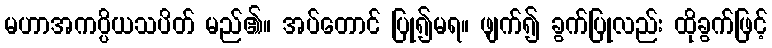
မဟာအကပ္ပိယသပိတ် မည်၏။ အပ်တောင် ပြု၍မရ။ ဖျက်၍ ခွက်ပြုလည်း ထိုခွက်ဖြင့်